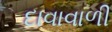
દાવાવાળી